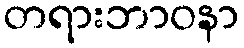
တရားဘာဝနာ